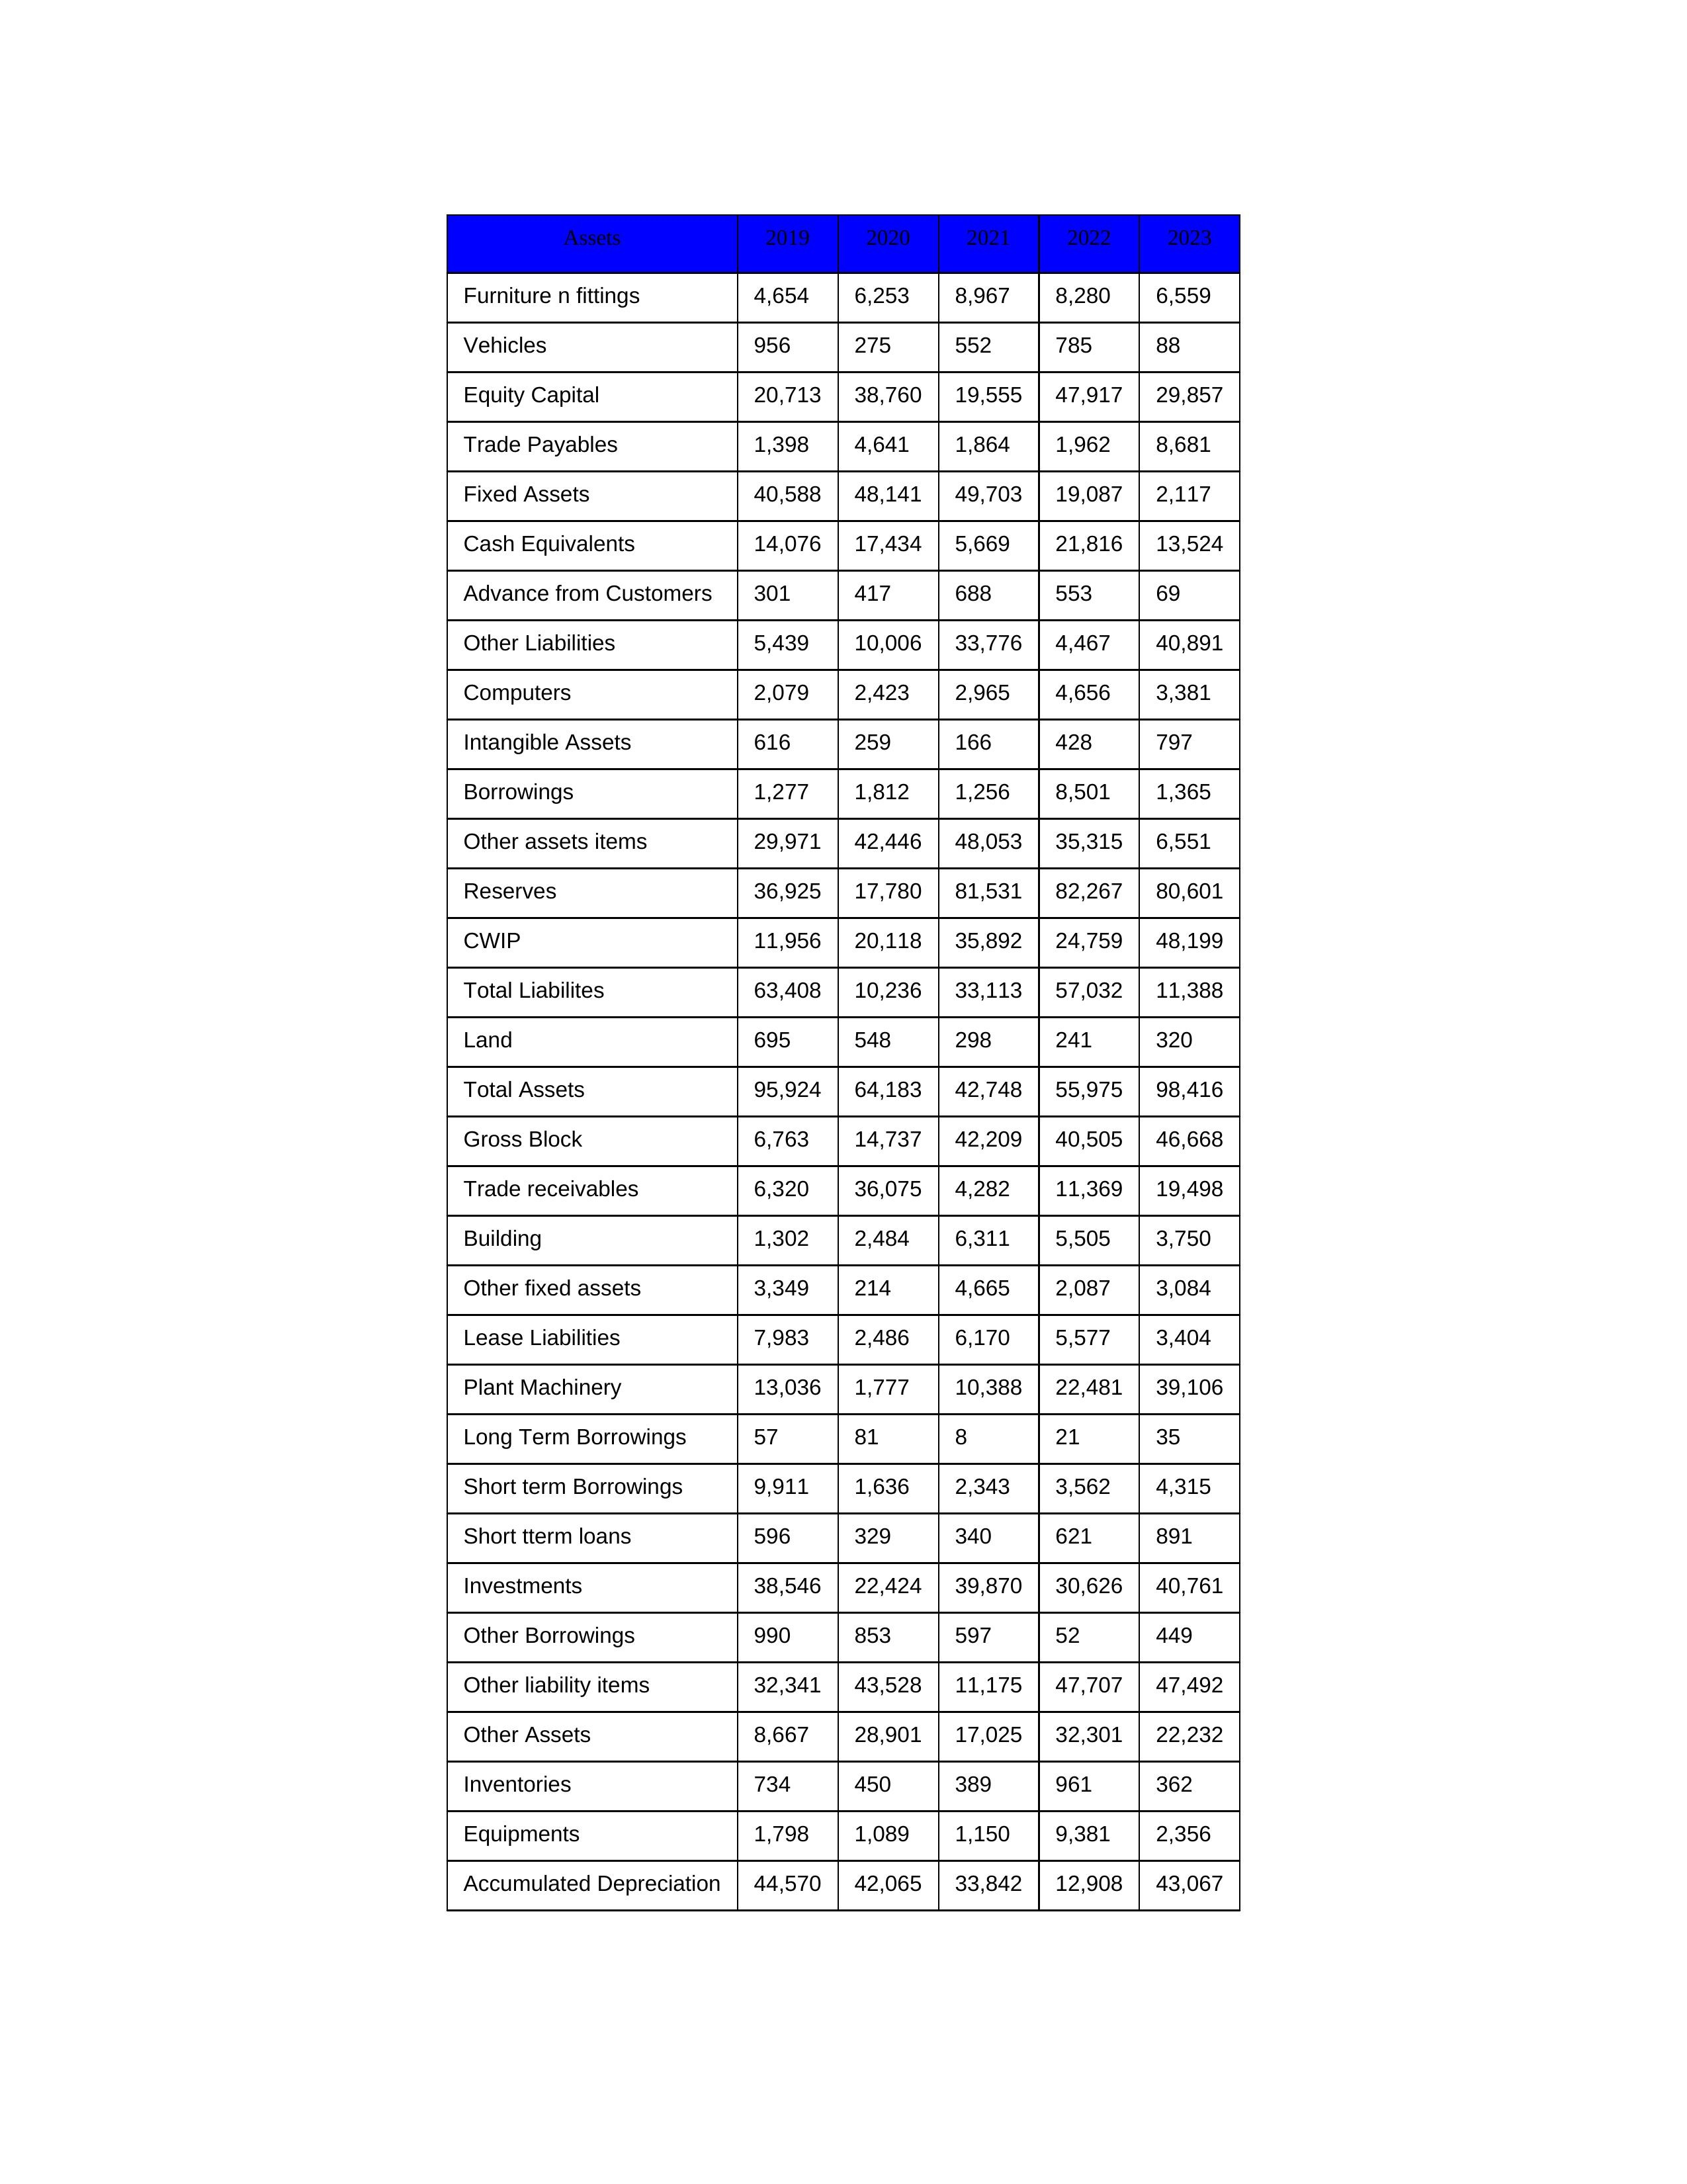
gt_parse: 2019: Equity Capital: 20,713
Reserves: 36,925
Borrowings: 1,277
Long Term Borrowings: 57
Short term Borrowings: 9,911
Lease Liabilities: 7,983
Other Borrowings: 990
Other Liabilities: 5,439
Trade Payables: 1,398
Advance from Customers: 301
Other liability items: 32,341
Total Liabilites: 63,408
Fixed Assets: 40,588
Land: 695
Building: 1,302
Plant Machinery: 13,036
Equipments: 1,798
Computers: 2,079
Furniture n fittings: 4,654
Vehicles: 956
Intangible Assets: 616
Other fixed assets: 3,349
Gross Block: 6,763
Accumulated Depreciation: 44,570
CWIP: 11,956
Investments: 38,546
Other Assets: 8,667
Inventories: 734
Trade receivables: 6,320
Cash Equivalents: 14,076
Short tterm loans: 596
Other assets items: 29,971
Total Assets: 95,924
2020: Equity Capital: 38,760
Reserves: 17,780
Borrowings: 1,812
Long Term Borrowings: 81
Short term Borrowings: 1,636
Lease Liabilities: 2,486
Other Borrowings: 853
Other Liabilities: 10,006
Trade Payables: 4,641
Advance from Customers: 417
Other liability items: 43,528
Total Liabilites: 10,236
Fixed Assets: 48,141
Land: 548
Building: 2,484
Plant Machinery: 1,777
Equipments: 1,089
Computers: 2,423
Furniture n fittings: 6,253
Vehicles: 275
Intangible Assets: 259
Other fixed assets: 214
Gross Block: 14,737
Accumulated Depreciation: 42,065
CWIP: 20,118
Investments: 22,424
Other Assets: 28,901
Inventories: 450
Trade receivables: 36,075
Cash Equivalents: 17,434
Short tterm loans: 329
Other assets items: 42,446
Total Assets: 64,183
2021: Equity Capital: 19,555
Reserves: 81,531
Borrowings: 1,256
Long Term Borrowings: 8
Short term Borrowings: 2,343
Lease Liabilities: 6,170
Other Borrowings: 597
Other Liabilities: 33,776
Trade Payables: 1,864
Advance from Customers: 688
Other liability items: 11,175
Total Liabilites: 33,113
Fixed Assets: 49,703
Land: 298
Building: 6,311
Plant Machinery: 10,388
Equipments: 1,150
Computers: 2,965
Furniture n fittings: 8,967
Vehicles: 552
Intangible Assets: 166
Other fixed assets: 4,665
Gross Block: 42,209
Accumulated Depreciation: 33,842
CWIP: 35,892
Investments: 39,870
Other Assets: 17,025
Inventories: 389
Trade receivables: 4,282
Cash Equivalents: 5,669
Short tterm loans: 340
Other assets items: 48,053
Total Assets: 42,748
2022: Equity Capital: 47,917
Reserves: 82,267
Borrowings: 8,501
Long Term Borrowings: 21
Short term Borrowings: 3,562
Lease Liabilities: 5,577
Other Borrowings: 52
Other Liabilities: 4,467
Trade Payables: 1,962
Advance from Customers: 553
Other liability items: 47,707
Total Liabilites: 57,032
Fixed Assets: 19,087
Land: 241
Building: 5,505
Plant Machinery: 22,481
Equipments: 9,381
Computers: 4,656
Furniture n fittings: 8,280
Vehicles: 785
Intangible Assets: 428
Other fixed assets: 2,087
Gross Block: 40,505
Accumulated Depreciation: 12,908
CWIP: 24,759
Investments: 30,626
Other Assets: 32,301
Inventories: 961
Trade receivables: 11,369
Cash Equivalents: 21,816
Short tterm loans: 621
Other assets items: 35,315
Total Assets: 55,975
2023: Equity Capital: 29,857
Reserves: 80,601
Borrowings: 1,365
Long Term Borrowings: 35
Short term Borrowings: 4,315
Lease Liabilities: 3,404
Other Borrowings: 449
Other Liabilities: 40,891
Trade Payables: 8,681
Advance from Customers: 69
Other liability items: 47,492
Total Liabilites: 11,388
Fixed Assets: 2,117
Land: 320
Building: 3,750
Plant Machinery: 39,106
Equipments: 2,356
Computers: 3,381
Furniture n fittings: 6,559
Vehicles: 88
Intangible Assets: 797
Other fixed assets: 3,084
Gross Block: 46,668
Accumulated Depreciation: 43,067
CWIP: 48,199
Investments: 40,761
Other Assets: 22,232
Inventories: 362
Trade receivables: 19,498
Cash Equivalents: 13,524
Short tterm loans: 891
Other assets items: 6,551
Total Assets: 98,416